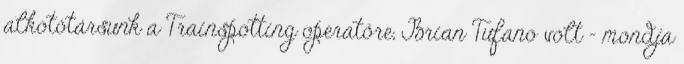
alkotótársunk a Trainspotting operatőre, Brian Tufano volt – mondja